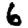
Digit: 6